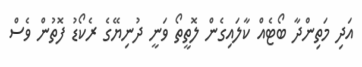
އަދި މަތިންދާ ބޯޓެއް ކާލައިގެން ލޮތީތޯ ވަނީ ދުނިޔޭގެ ރެކޯޑު ފޮތުން ވެސް